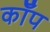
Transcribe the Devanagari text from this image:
कॉँप